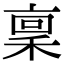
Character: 稟